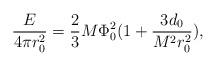
LaTeX: \begin{align*}\frac{E}{4\pi r^2_0} = \frac{2}{3} M \Phi^2_{0} (1 + \frac{3 d_0}{M^2 r^2_0}),\end{align*}